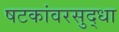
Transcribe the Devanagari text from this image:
षटकांवरसुद्धा